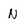
Character: N